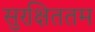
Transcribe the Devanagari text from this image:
सुरक्षिततम